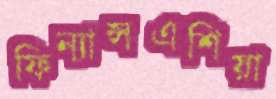
ফিন্যান্সএশিয়া